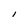
Character: I